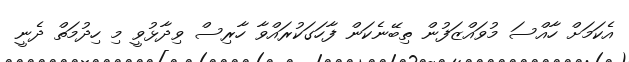
އެކަމަށް ހާއްސަ މުވައްޒަފުން ތިބޭނެކަން ފާހަގަކުރައްވާ ހާރިސް ވިދާޅުވީ މި ހިދުމަތް ދެނީ